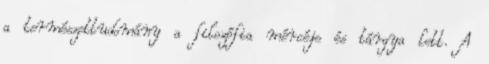
a természettudomány a filozófia mércéje és tárgya lett. A